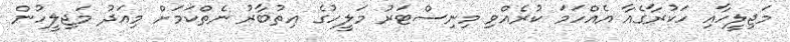
މަޖިލީހާއި ހަކުރާގެއާ އެއްހަމަ ކުރެއްވި މިނިސްޓަރު މަލީހުގެ އިތުބާރު ނެތްކަމަށް މިއަދު މަޖިލީހުން